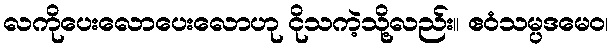
လကိုပေးလောပေးလောဟု ငိုသကဲ့သို့လည်း။ ဧဝံသမ္ပဒမေဝ၊